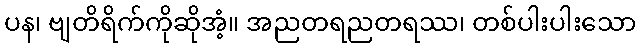
ပန၊ ဗျတိရိက်ကိုဆိုအံ့။ အညတရညတရဿ၊ တစ်ပါးပါးသော